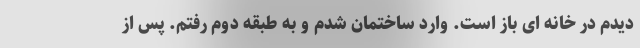
دیدم در خانه ای باز است. وارد ساختمان شدم و به طبقه دوم رفتم. پس از